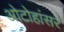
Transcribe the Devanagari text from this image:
ओटोहांसर